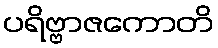
ပရိဗ္ဗာဇကောတိ